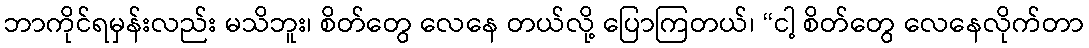
ဘာကိုင်ရမှန်းလည်း မသိဘူး၊ စိတ်တွေ လေနေ တယ်လို့ ပြောကြတယ်၊ “ငါ့ စိတ်တွေ လေနေလိုက်တာ